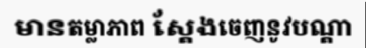
មានតម្លាភាព ស្តែងចេញនូវបណ្តា